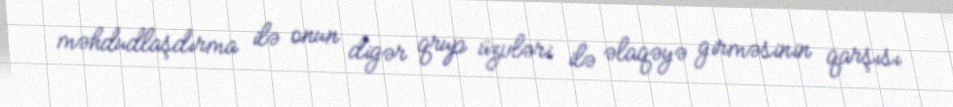
məhdudlaşdırma ilə onun digər qrup üzvləri ilə əlaqəyə girməsinin qarşısı